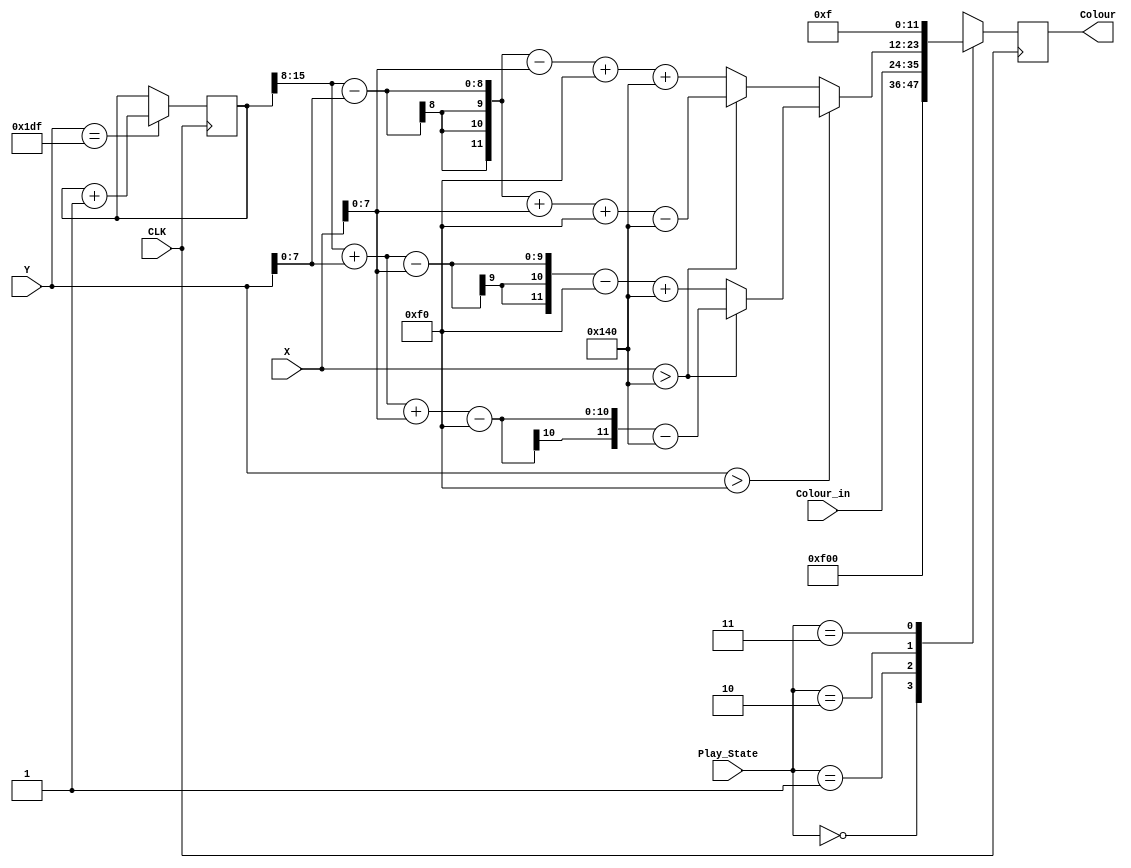
`timescale 1ns / 1ps
//////////////////////////////////////////////////////////////////////////////////
// Company: 
// Engineer: 
// 
// Design Name: 
// Module Name: Some_logic
// Project Name: 
// Target Devices: 
// Tool Versions: 
// Description: 
// 
// Dependencies: 
// 
// Revision:
// Revision 0.01 - File Created
// Additional Comments:
// 
//////////////////////////////////////////////////////////////////////////////////
module Some_logic(
    input [9:0] X,
    input [8:0] Y,
    input [1:0] Play_State,
    input CLK,
    input [11:0] Colour_in,
    output reg [11:0] Colour
        );

  //State Machine Pattern
    reg[15:0] FrameCount; //needs to count to 1120 for including X and Y pixels
    
    always@(posedge CLK) begin
        if(Y == 479) begin
            FrameCount <= FrameCount + 1;
        end
     end
    
        always@(posedge CLK) begin
                case(Play_State)
                    //Idle state is blue
                    2'b00    : begin
                        Colour <= 12'hF00;
                        end
                    //Play state is the input from the snake control
                    2'b01    : begin
                            Colour <= Colour_in;
                        end
                    //Win state is a pattern
                    2'b10    : begin
                        if(Y[8:0] > 240) begin
                            if(X[9:0] > 320)
                                Colour <= FrameCount[15:8] + Y[7:0] + X[7:0] - 240 - 320;
                            else
                                Colour <= FrameCount[15:8] + Y[7:0] - X[7:0] - 240 + 320;
                        end
                        else begin
                            if(X[9:0] > 320)
                                Colour <= FrameCount[15:8] - Y[7:0] + X[7:0] + 240 - 320;
                            else
                                Colour <= FrameCount[15:8] - Y[7:0] - X[7:0] + 240 + 320;
                            end
                        end
                      //Lose state display red screen
                      2'b11     :begin
                        Colour <= 12'h00F;
                        end
                endcase
            end

       
endmodule